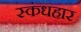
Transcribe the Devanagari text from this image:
स्कंधहार